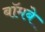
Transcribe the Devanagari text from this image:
बॉमबे